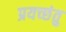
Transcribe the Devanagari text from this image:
प्रयच्छंतु